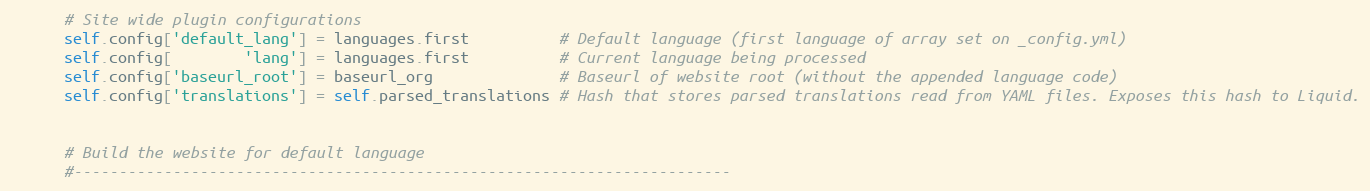
Language: Ruby
      # Site wide plugin configurations
      self.config['default_lang'] = languages.first          # Default language (first language of array set on _config.yml)
      self.config[        'lang'] = languages.first          # Current language being processed
      self.config['baseurl_root'] = baseurl_org              # Baseurl of website root (without the appended language code)
      self.config['translations'] = self.parsed_translations # Hash that stores parsed translations read from YAML files. Exposes this hash to Liquid.

      # Build the website for default language
      #-------------------------------------------------------------------------